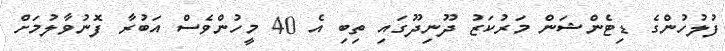
ފުލުހުންގެ ޑިޓެންޝަން މަރުކަޒު ދޫނިދޫގައި ތިބި އެ 40 މީހުންވެސް އަބުރާ ފޮނުވާލުމަށް